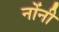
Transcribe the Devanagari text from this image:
नोंनी